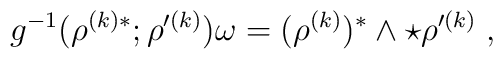
g^{-1}(\rho^{(k)*};\rho^{\prime(k)})\omega=(\rho^{(k)})^*\wedge\star\rho^{\prime(k)}\;,